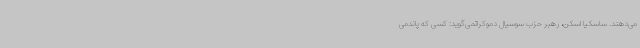
می‌دهند. ساسکیا اسکن، رهبر حزب سوسیال دموکراتمی‌گوید: کسی که پاندمی